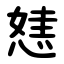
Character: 㥨